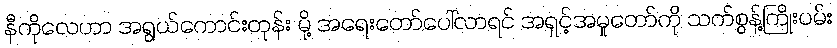
နီကိုလေဟာ အရွယ်ကောင်းတုန်း မို့ အရေးတော်ပေါ်လာရင် အရှင့်အမှုတော်ကို သက်စွန့်ကြိုးပမ်း